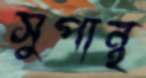
সুপান্থ